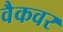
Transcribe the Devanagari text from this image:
वैकवर